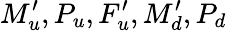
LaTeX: M_{u}^{\prime},P_{u},F_{u}^{\prime},M_{d}^{\prime},P_{d}